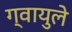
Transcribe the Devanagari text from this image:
ग्वायुले